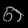
Digit: ၈